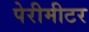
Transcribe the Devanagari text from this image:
पेरीमीटर